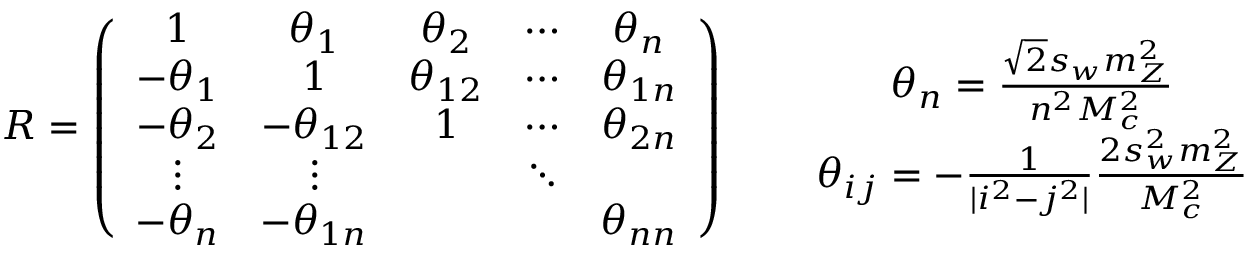
R = \left( \begin{array} { c c c c c } { { 1 } } & { { \theta _ { 1 } } } & { { \theta _ { 2 } } } & { { \cdots } } & { { \theta _ { n } } } \\ { { - \theta _ { 1 } } } & { { 1 } } & { { \theta _ { 1 2 } } } & { { \cdots } } & { { \theta _ { 1 n } } } \\ { { - \theta _ { 2 } } } & { { - \theta _ { 1 2 } } } & { { 1 } } & { { \cdots } } & { { \theta _ { 2 n } } } \\ { { \vdots } } & { { \vdots } } & { { } } & { { \ddots } } & { { } } \\ { { - \theta _ { n } } } & { { - \theta _ { 1 n } } } & { { } } & { { } } & { { \theta _ { n n } } } \end{array} \right) \, \, \, \, \, \, \, \, \, \, \begin{array} { c } { { \theta _ { n } = \frac { \sqrt { 2 } s _ { w } m _ { Z } ^ { 2 } } { n ^ { 2 } M _ { c } ^ { 2 } } } } \\ { { \theta _ { i j } = - \frac { 1 } { | i ^ { 2 } - j ^ { 2 } | } \frac { 2 s _ { w } ^ { 2 } m _ { Z } ^ { 2 } } { M _ { c } ^ { 2 } } } } \end{array}